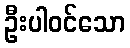
ဦးပါဝင်သော